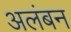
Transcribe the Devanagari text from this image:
अलंबन